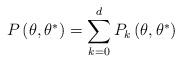
LaTeX: \begin{align*}P\left( \theta,\theta^{\ast}\right) =\sum_{k=0}^{d}P_{k}\left(\theta,\theta^{\ast}\right) \end{align*}